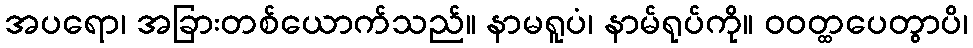
အပရော၊ အခြားတစ်ယောက်သည်။ နာမရူပံ၊ နာမ်ရုပ်ကို။ ဝဝတ္ထပေတွာပိ၊